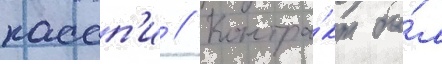
кассп'и // Контра́кт бы́л